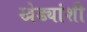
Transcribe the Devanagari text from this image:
खेड्यांशी